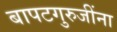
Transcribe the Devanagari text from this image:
बापटगुरुजींना